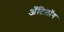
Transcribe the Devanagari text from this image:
अँटिलॉग